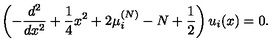
\left( - { \frac { d ^ { 2 } } { d x ^ { 2 } } } + { \frac { 1 } { 4 } } x ^ { 2 } + 2 \mu _ { i } ^ { ( N ) } - N + { \frac { 1 } { 2 } } \right) u _ { i } ( x ) = 0 .